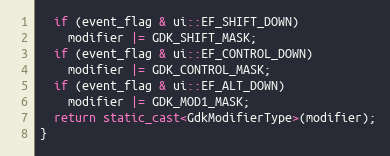
Language: C++
  if (event_flag & ui::EF_SHIFT_DOWN)
    modifier |= GDK_SHIFT_MASK;
  if (event_flag & ui::EF_CONTROL_DOWN)
    modifier |= GDK_CONTROL_MASK;
  if (event_flag & ui::EF_ALT_DOWN)
    modifier |= GDK_MOD1_MASK;
  return static_cast<GdkModifierType>(modifier);
}